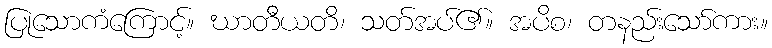
ပြုသောကံကြောင့်။ ဃာတီယတိ၊ သတ်အပ်၏။ အပိစ၊ တနည်းသော်ကား။